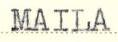
MAILA